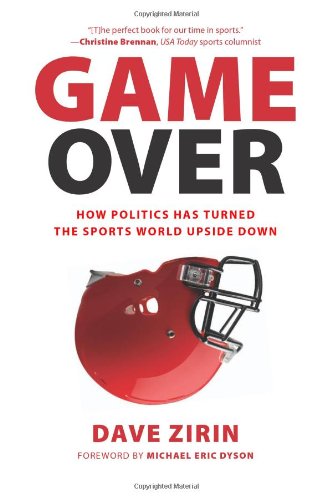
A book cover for Game Over: How Politics Has Turned the Sports World Upside Down; Dave Zirin; Sports & Outdoors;